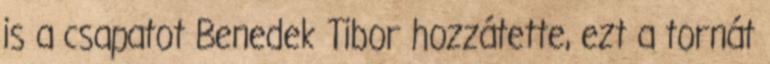
is a csapatot Benedek Tibor hozzátette, ezt a tornát